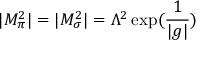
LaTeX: | M _ { \pi } ^ { 2 } | = | M _ { \sigma } ^ { 2 } | = \Lambda ^ { 2 } \exp ( \frac { 1 } { | g | } )